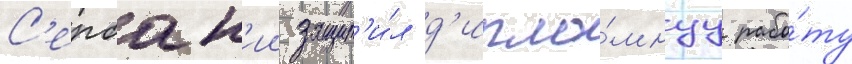
С'ербск'ии защит'и́л д'ипло́мнуу рабо́ту